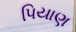
પિયાણ